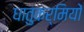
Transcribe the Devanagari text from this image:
धातुकर्मियों